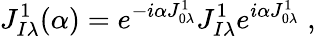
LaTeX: J_{I\lambda}^{1}(\alpha)=e^{-i\alpha J_{0\lambda}^{1}}J_{I\lambda}^{1}e^{i\alpha J_{0\lambda}^{1}}\; ,